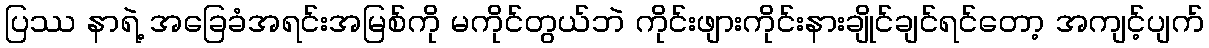
ပြဿ နာရဲ့ အခြေခံအရင်းအမြစ်ကို မကိုင်တွယ်ဘဲ ကိုင်းဖျားကိုင်းနားချိုင်ချင်ရင်တော့ အကျင့်ပျက်